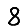
Digit: 8